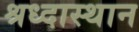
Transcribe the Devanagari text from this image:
श्रध्दास्थान